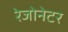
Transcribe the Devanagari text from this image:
रेजोनेटर